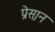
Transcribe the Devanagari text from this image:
प्रेस़ान